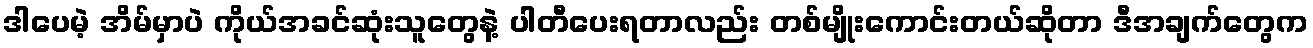
ဒါပေမဲ့ အိမ်မှာပဲ ကိုယ်အခင်ဆုံးသူတွေနဲ့ ပါတီပေးရတာလည်း တစ်မျိုးကောင်းတယ်ဆိုတာ ဒီအချက်တွေက